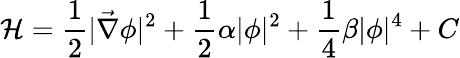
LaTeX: {\mathcal H}=\frac{1}{2}|\vec{\nabla}\phi|^{2}+\frac{1}{2}\alpha|\phi|^{2}+\frac{1}{4}\beta|\phi|^{4}+C